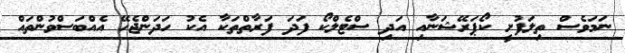
ނަމަވެސް ތިލަފުށީ ކޯޕަރޭޝަނާއި އަދި ސްޓެލްކޯ ފަދަ ފަރާތްތަކާ އެކު ހަދަންޖެހޭ އެއްބަސްވުންތައް